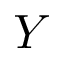
Y